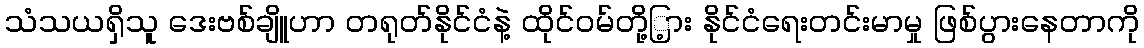
သံသယရှိသူ ဒေးဗစ်ချိူဟာ တရုတ်နိုင်ငံနဲ့ ထိုင်ဝမ်တို့ြ့ား နိုင်ငံရေးတင်းမာမှု ဖြစ်ပွားနေတာကို